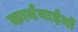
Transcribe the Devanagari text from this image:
कार्यवाईयों